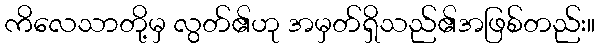
ကိလေသာတို့မှ လွတ်၏ဟု အမှတ်ရှိသည်၏အဖြစ်တည်း။